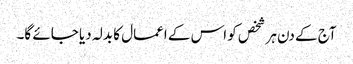
آج کے دن ہر شخص کو اس کے اعمال کا بدلہ دیا جائے گا۔